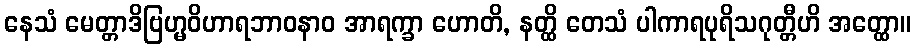
နေသံ မေတ္တာဒိဗြဟ္မဝိဟာရဘာဝနာဝ အာရက္ခာ ဟောတိ, နတ္ထိ တေသံ ပါကာရပုရိသဂုတ္တီဟိ အတ္ထော။